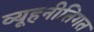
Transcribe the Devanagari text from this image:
व्यूहनीतिगत